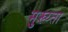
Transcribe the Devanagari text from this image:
मुख्य्ता